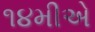
૧૪મીએ